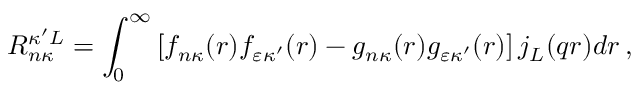
R _ { n \kappa } ^ { \kappa ^ { \prime } L } = \int _ { 0 } ^ { \infty } \left[ f _ { n \kappa } { ( r ) } f _ { \varepsilon \kappa ^ { \prime } } { ( r ) } - g _ { n \kappa } { ( r ) } g _ { \varepsilon \kappa ^ { \prime } } { ( r ) } \right] j _ { L } { ( q r ) } d r \, ,